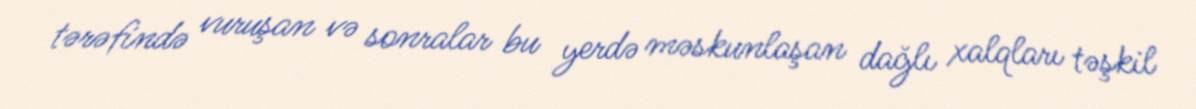
tərəfində vuruşan və sonralar bu yerdə məskunlaşan dağlı xalqları təşkil